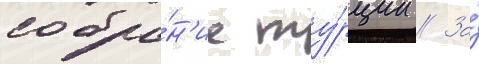
собра́н'ие ту́рции // За́